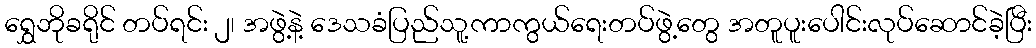
ရွှေဘိုခရိုင် တပ်ရင်း ၂၊ အဖွဲ့နဲ့ ဒေသခံပြည်သူ့ကာကွယ်ရေးတပ်ဖွဲ့တွေ အတူပူးပေါင်းလုပ်ဆောင်ခဲ့ပြီး